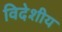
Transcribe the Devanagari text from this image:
विदेशीय